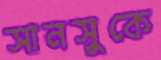
সানসুকে